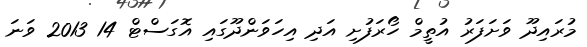
މުރައިދޫ ވަށަފަރު އުތީމް ހޯރަފުށި އަދި އިހަވަންދޫގައި އޮގަސްޓް 14 2013 ވަނަ